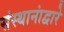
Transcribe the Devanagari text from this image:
संस्थानांद्वारे